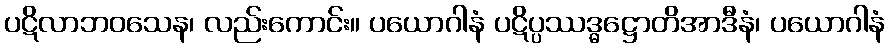
ပဋိလာဘဝသေန၊ လည်းကောင်း။ ပယောဂါနံ ပဋိပ္ပဿဒ္ဓဋ္ဌောတိအာဒီနံ၊ ပယောဂါနံ